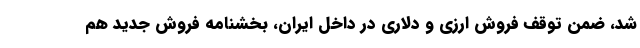
شد، ضمن توقف فروش ارزی و دلاری در داخل ایران، بخشنامه فروش جدید هم